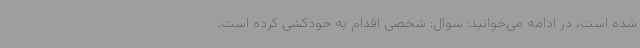
شده است، در ادامه می‌خوانید: سوال: شخصی اقدام به خودکشی کرده است.